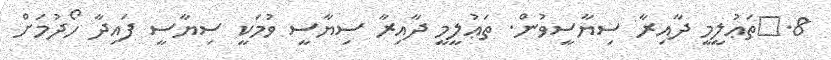
8.	ތަޢުލީމީ ދާއިރާ ސިޔާސީވުން. ތަޢުލީމީ ދާއިރާ ސިޔާސީ ވުމަކީ ސިޔާސީ ފައިދާ ހޯދުމަށް